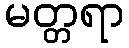
မတ္တရာ